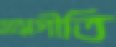
সামগীতি